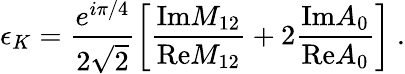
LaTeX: \epsilon_{K}=\frac{e^{i\pi/4}}{2\sqrt{2}}\left[\frac{\mathrm{Im}M_{12}}{\mathrm{Re}M_{12}}+2\frac{\mathrm{Im}A_{0}}{\mathrm{Re}A_{0}}\right]\ .